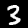
Label: 3